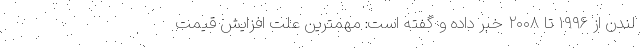
لندن از ۱۹۹۶ تا ۲۰۰۸ خبر داده و گفته است: مهمترین علت افزایش قیمت